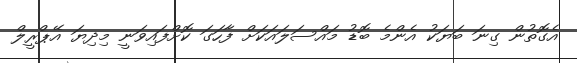
އެގޮތުން ގިނަ ބަޔަކު އެންމެ ބޮޑު މައްސަލައަކަށް ފާހަގަ ކޮށްފައިވަނީ މިދިޔަ އޭޕްރީލް